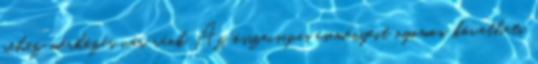
nehéz mérkőzés vár ránk Az összecsapás eseményeit nyomon követheti